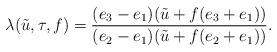
LaTeX: \begin{align*}\lambda(\tilde{u},\tau,f)=\frac {(e_{3}-e_{1})(\tilde{u}+ f(e_{3}+e_{1}))} {(e_{2}-e_{1})(\tilde{u}+ f(e_{2}+e_{1}))}.\end{align*}